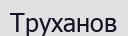
Труханов